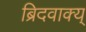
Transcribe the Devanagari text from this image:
ब्रिदवाक्य्